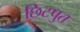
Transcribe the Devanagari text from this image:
छिटपुत